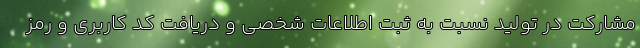
مشاركت در توليد نسبت به ثبت اطلاعات شخصي و دريافت كد كاربري و رمز